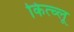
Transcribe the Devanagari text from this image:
कित्च्लू